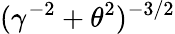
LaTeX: (\gamma^{-2}+\theta^{2})^{-{3/2}}